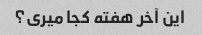
این آخر هفته کجا میری؟